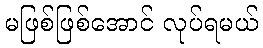
မဖြစ်ဖြစ်အောင် လုပ်ရမယ်